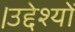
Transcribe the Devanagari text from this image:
।उद्देश्यों